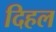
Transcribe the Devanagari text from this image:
दिहल